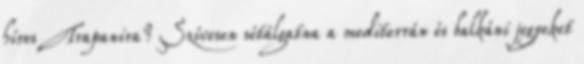
híres Trapanira? Szívesen sétálgatna a mediterrán és balkáni jegyeket